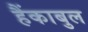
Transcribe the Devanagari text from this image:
हैंकाबुल